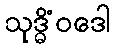
သုဒ္ဓိံဝဒေါ